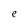
Character: e